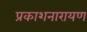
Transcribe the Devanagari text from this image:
प्रकाशनारायण